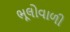
ભૂલોવાળી